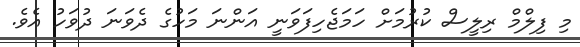
މި ފިލްމް ރިލީސް ކުރުމަށް ހަމަޖެހިފަވަނީ އަންނަ މަހުގެ ދެވަނަ ދުވަހު އެވެ.